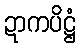
ဍာကပိဋ္ဌံ